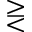
\gtreqless